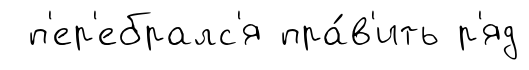
п'ер'ебралс'я пра́в'ить р'яд